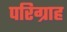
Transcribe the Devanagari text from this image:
परिग्राह